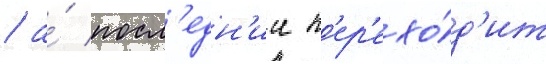
/ а́ посл'едн'ии п'ер'ехо́д'ит